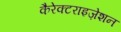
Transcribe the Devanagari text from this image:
कैरेक्टराइज़ेशन